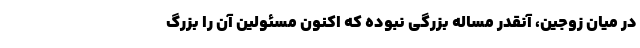
در میان زوجین، آنقدر مساله بزرگی نبوده که اکنون مسئولین آن را بزرگ